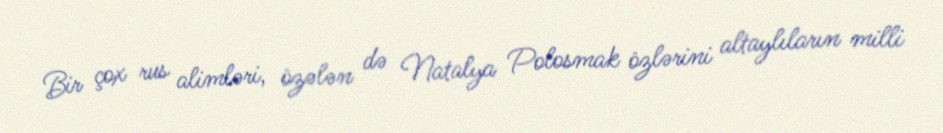
Bir çox rus alimləri, özələn də Natalya Polosmak özlərini altaylıların milli